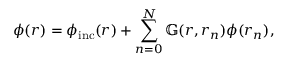
\phi ( \boldsymbol { r } ) = \phi _ { \mathrm { i n c } } ( \boldsymbol { r } ) + \sum _ { n = 0 } ^ { N } \mathbb { G } ( \boldsymbol { r } , \boldsymbol { r } _ { n } ) \phi ( \boldsymbol { r } _ { n } ) ,